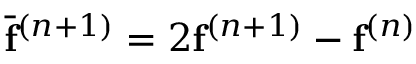
\bar { \mathbf { f } } ^ { ( n + 1 ) } = 2 \mathbf { f } ^ { ( n + 1 ) } - \mathbf { f } ^ { ( n ) }